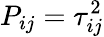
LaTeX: P_{ij}=\tau_{ij}^{2}